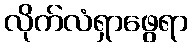
လိုက်လံရှာဖွေရာ